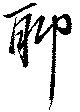
聊